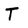
Character: T